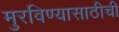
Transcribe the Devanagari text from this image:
मुरविण्यासाठीची